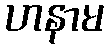
ဟနာမ